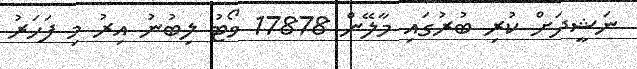
ނަޝީދަށް ކުރި ބުރުގައި މާލޭން 17878 ވޯޓު ލިބުނު އިރު މި ފަހަރު